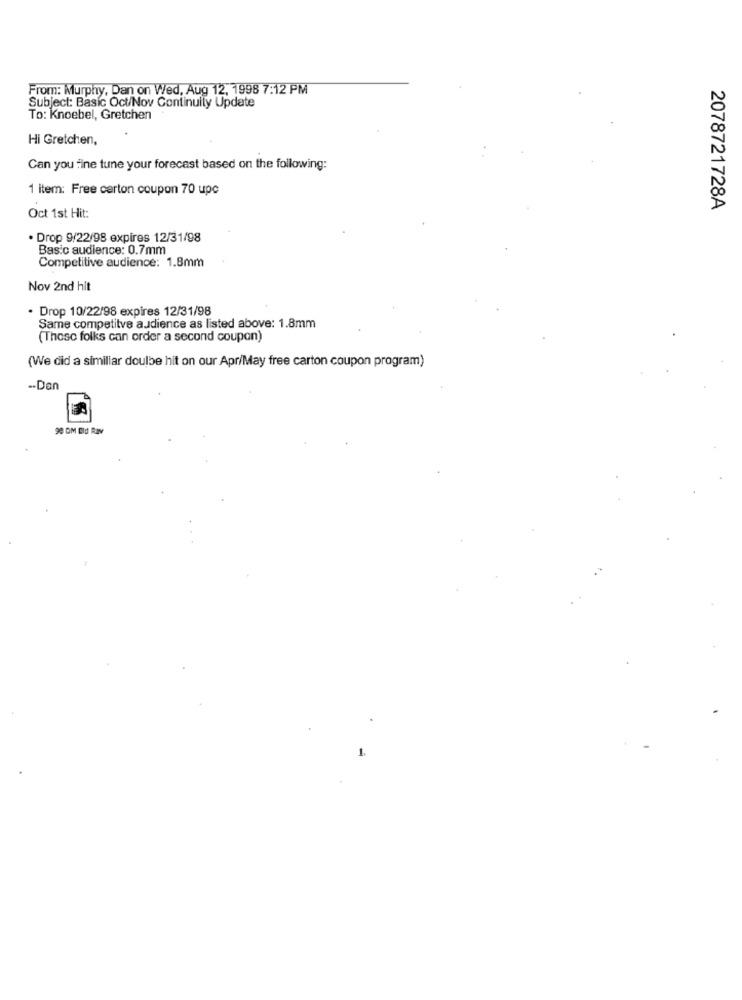
From: Murphy, Dan on Wed, Aug 12, 1998 7:12 PM
Subject: Basic Oct/Nov Continuity Update
To: Knoebel, Gretchen
Hi Gretchen,
Can you fine tune your forecast based on the following:
1 item: Free carton coupon 70 upc
2078721728A
Oct 1st Hit:
· Drop 9/22/98 expires 12/31/98
Basic audience: 0.7mm
Competitive audience: 1.8mm
Nov 2nd hit
· Drop 10/22/98 expires 12/31/98
Same competitve audience as listed above: 1.8mm
(These folks can order a second coupon)
(We did a similiar doulbe hit on our Apr/May free carton coupon program)
-- Dan
98 OM Eld Raw